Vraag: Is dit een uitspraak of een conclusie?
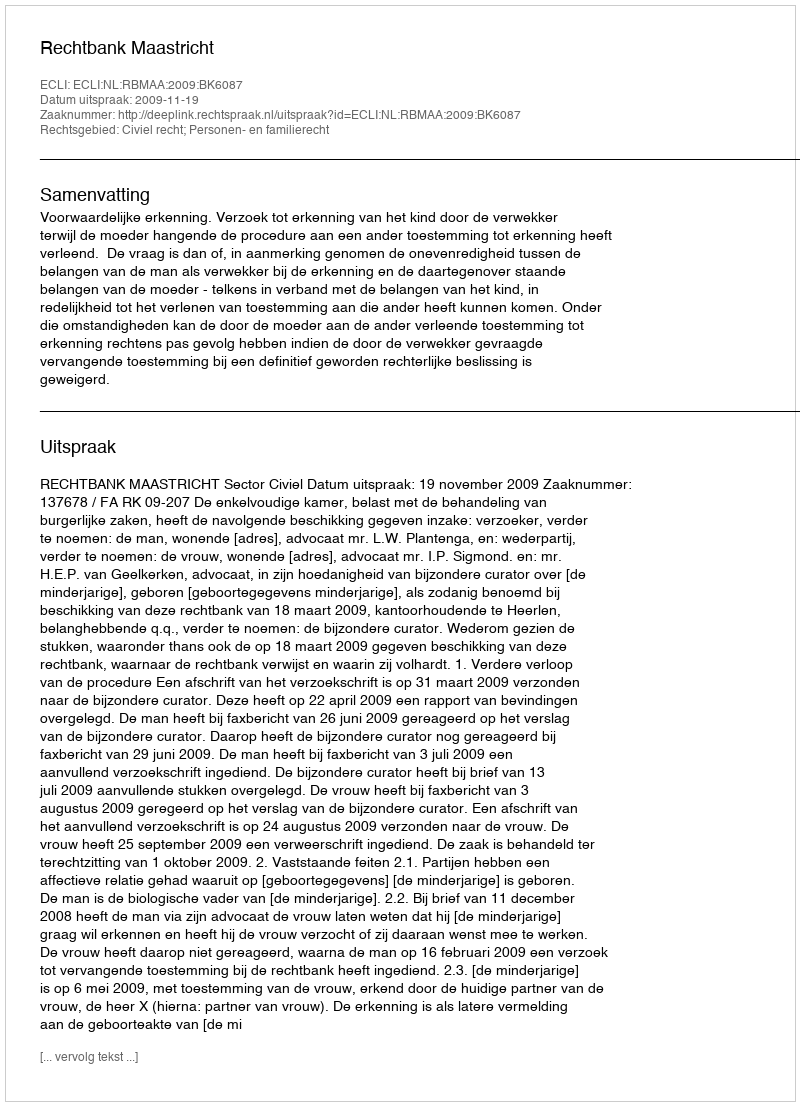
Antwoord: Uitspraak